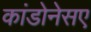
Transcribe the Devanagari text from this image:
कांडोनेसए